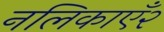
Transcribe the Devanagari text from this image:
नलिकाएँ२